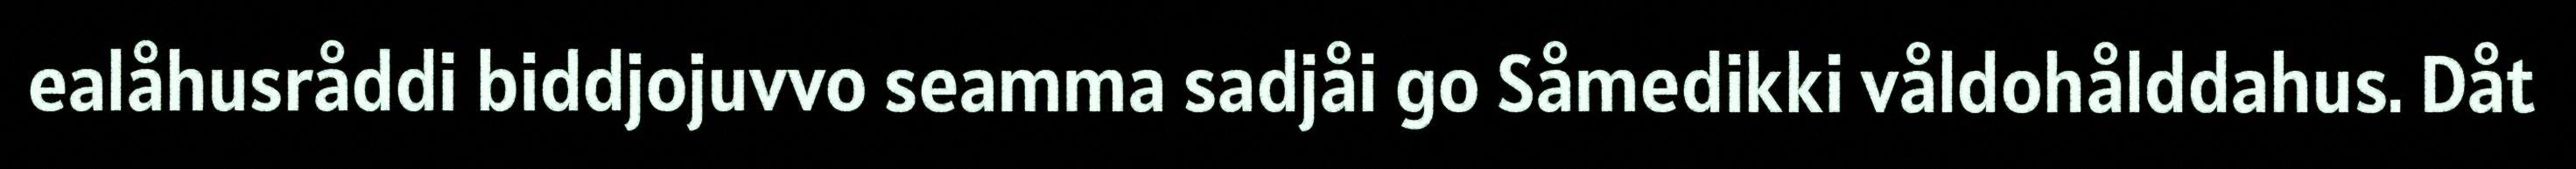
ealåhusråddi biddjojuvvo seamma sadjåi go Såmedikki våldohålddahus. Dåt